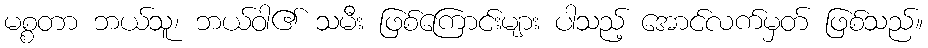
မစ္စတာ ဘယ်သူ၊ ဘယ်ဝါ၏ သမီး ဖြစ်ကြောင်းများ ပါသည့် အောင်လက်မှတ် ဖြစ်သည်။